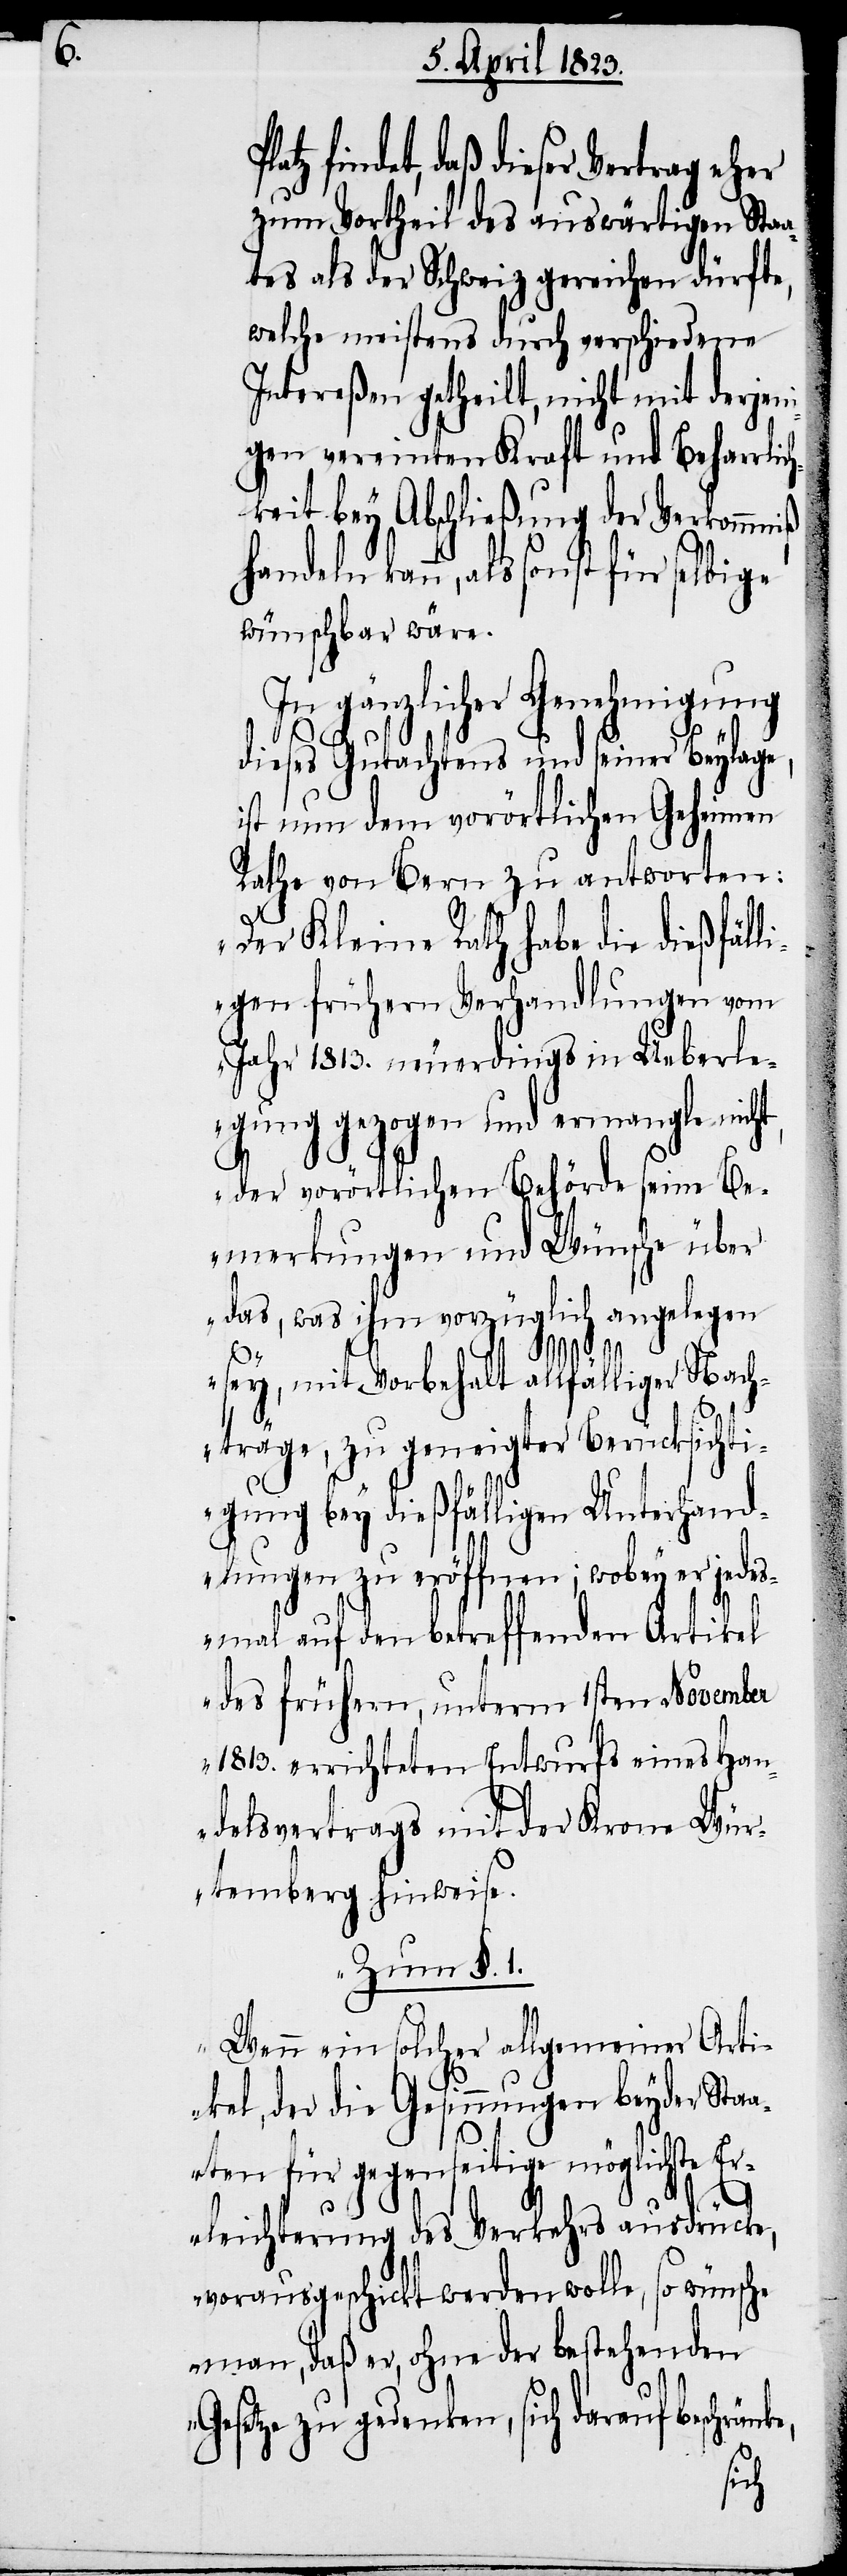
atz findet, daß dieser Vertrag eher
zum Vortheil des auswärtigen Staa¬
tes als der Schweiz gereichen dürfte,
welche meistens durch verschiedene
Intereßen getheilt, nicht mit derjen¬
igen vereinten Kraft und Beharrlic¬
hkeit bey Abschließung der Verkommniß
kann, als sonst für selbige
wünschbar wäre.
In gänzlicher Genehmigung
dieses Gutachtens und seiner Beylage,
ist nun dem vorörtlichen Geheimen
Rathe von Bern zu antworten:
„Der Kleine Rath habe die dießfäll¬
igen frühern Verhandlungen vom
Jahr 1813. neuerdings in Ueberle¬
gung gezogen und ermangle nich¬
der vorörtlichen Behörde seine Be¬
merkungen und Wünsche über
das, was ihm vorzüglich angelegen
t,
sey, mit Vorbehalt allfälliger Nach¬
träge, zu geneigter Berücksichti¬
gung bey dießfälligen Unterhand¬
lungen zu eröffnen; wobey er jedes¬
mal auf den betreffenden Artikel
des frühern, unterm 1sten November
1813. errichteten Entwurfs eines Han¬
delsvertrags mit der Krone Wür¬
temberg hinweise.
Zum §, 1.
Wenn ein solcher allgemeiner Arti¬
kel, der die Gesinnungen beyder Sta¬
aten für gegenseitige möglichste E¬
rleichterung des Verkehrs ausdrücke,
vorausgeschickt werden wolle, so wünsche
man, daß er, ohne der bestehenden
Gesetze zu gedenken, sich darauf beschrän¬
ke,